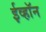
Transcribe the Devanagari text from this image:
ईव्हॉन